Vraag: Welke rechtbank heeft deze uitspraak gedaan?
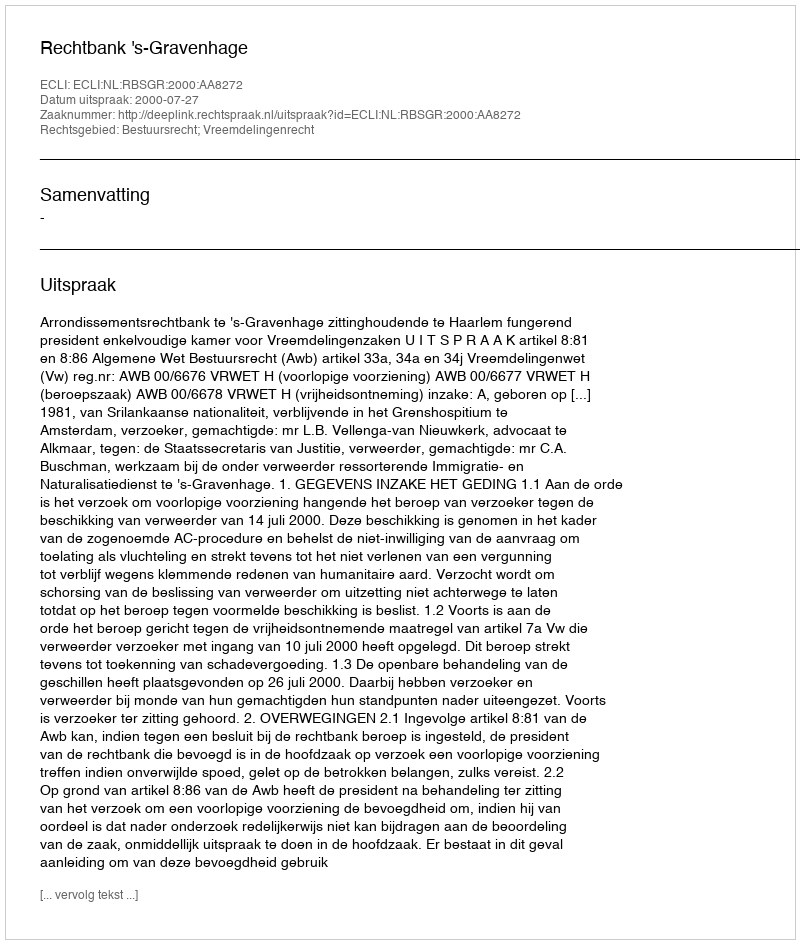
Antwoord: Rechtbank 's-Gravenhage